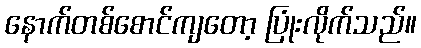
နောက်တစ်စောင်ကျတော့ ပြုံးလိုက်သည်။